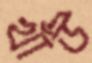
খাঁউ